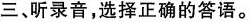
三、听录音,选择正确的答语。